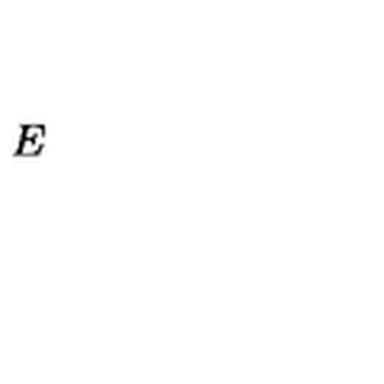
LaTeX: E